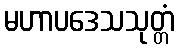
မဟာပဒေသသုတ္တံ